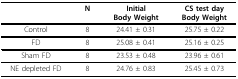
<table><thead><tr><td></td><td><b>N</b></td><td><b>InitialBody Weight</b></td><td><b>CS test dayBody Weight</b></td></tr></thead><tbody><tr><td>Control</td><td>8</td><td>24.41 ± 0.31</td><td>25.75 ± 0.22</td></tr><tr><td>FD</td><td>8</td><td>25.08 ± 0.41</td><td>25.16 ± 0.25</td></tr><tr><td>Sham FD</td><td>8</td><td>23.53 ± 0.48</td><td>23.96 ± 0.61</td></tr><tr><td>NE depleted FD</td><td>8</td><td>24.76 ± 0.83</td><td>25.45 ± 0.73</td></tr></tbody></table>